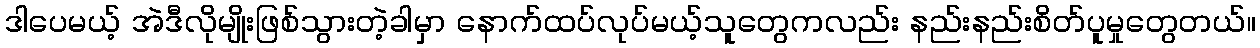
ဒါပေမယ့် အဲဒီလိုမျိုးဖြစ်သွားတဲ့ခါမှာ နောက်ထပ်လုပ်မယ့်သူတွေကလည်း နည်းနည်းစိတ်ပူမှုတွေတယ်။